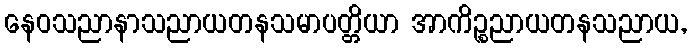
နေဝသညာနာသညာယတနသမာပတ္တိယာ အာကိဉ္စညာယတနသညာယ,